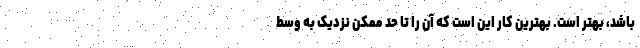
باشد، بهتر است. بهترین کار این است که آن را تا حد ممکن نزدیک به وسط